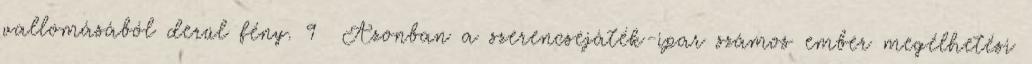
vallomásából derül fény. 9 Azonban a szerencsejáték-ipar számos ember megélhetési